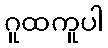
ဂူထကူပါ